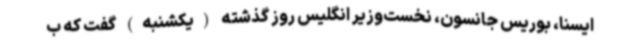
ایسنا، بوریس جانسون، نخست‌وزیر انگلیس روز گذشته (یکشنبه) گفت که ب